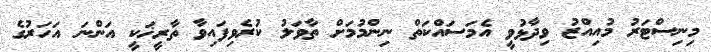
މިނިސްޓަރު މުއިއްޒު ވިދާޅުވީ އެމަސައްކަތް ނިންމުމަށް ތާވަލު ކުރެވިފައިވާ ތާރީޚަކީ އަންނަ އަހަރުގެ